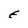
Character: E